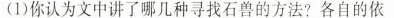
(1)你认为文中讲了哪几种寻找石兽的方法?各自的依